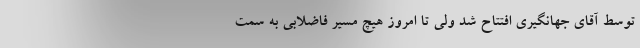
توسط آقای جهانگیری افتتاح شد ولی تا امروز هیچ مسیر فاضلابی به سمت